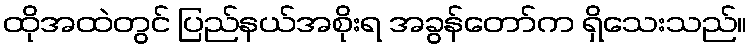
ထိုအထဲတွင် ပြည်နယ်အစိုးရ အခွန်တော်က ရှိသေးသည်။